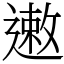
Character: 遫